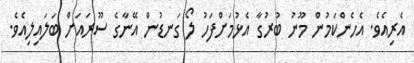
އެރިއެވެ. އެހެންކަމުން މޫނު ބުރުގާ އެޅުމަށްފަހު ލޯ ގަނޑުން އޭނާގެ ސޫރައަށް ބަލައިލިއެވެ.